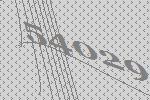
54029